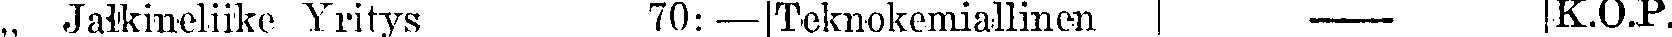
,, Jakineliike Yritys 70:— Teknokemiallinen — K.O.P.